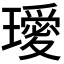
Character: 𭺆